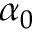
\alpha _ { 0 }